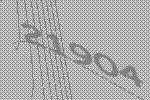
21904